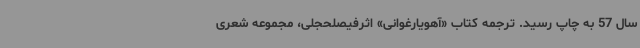
سال 57 به چاپ رسید. ترجمه کتاب «آهویارغوانی» اثرفیصلحجلی، مجموعه شعری